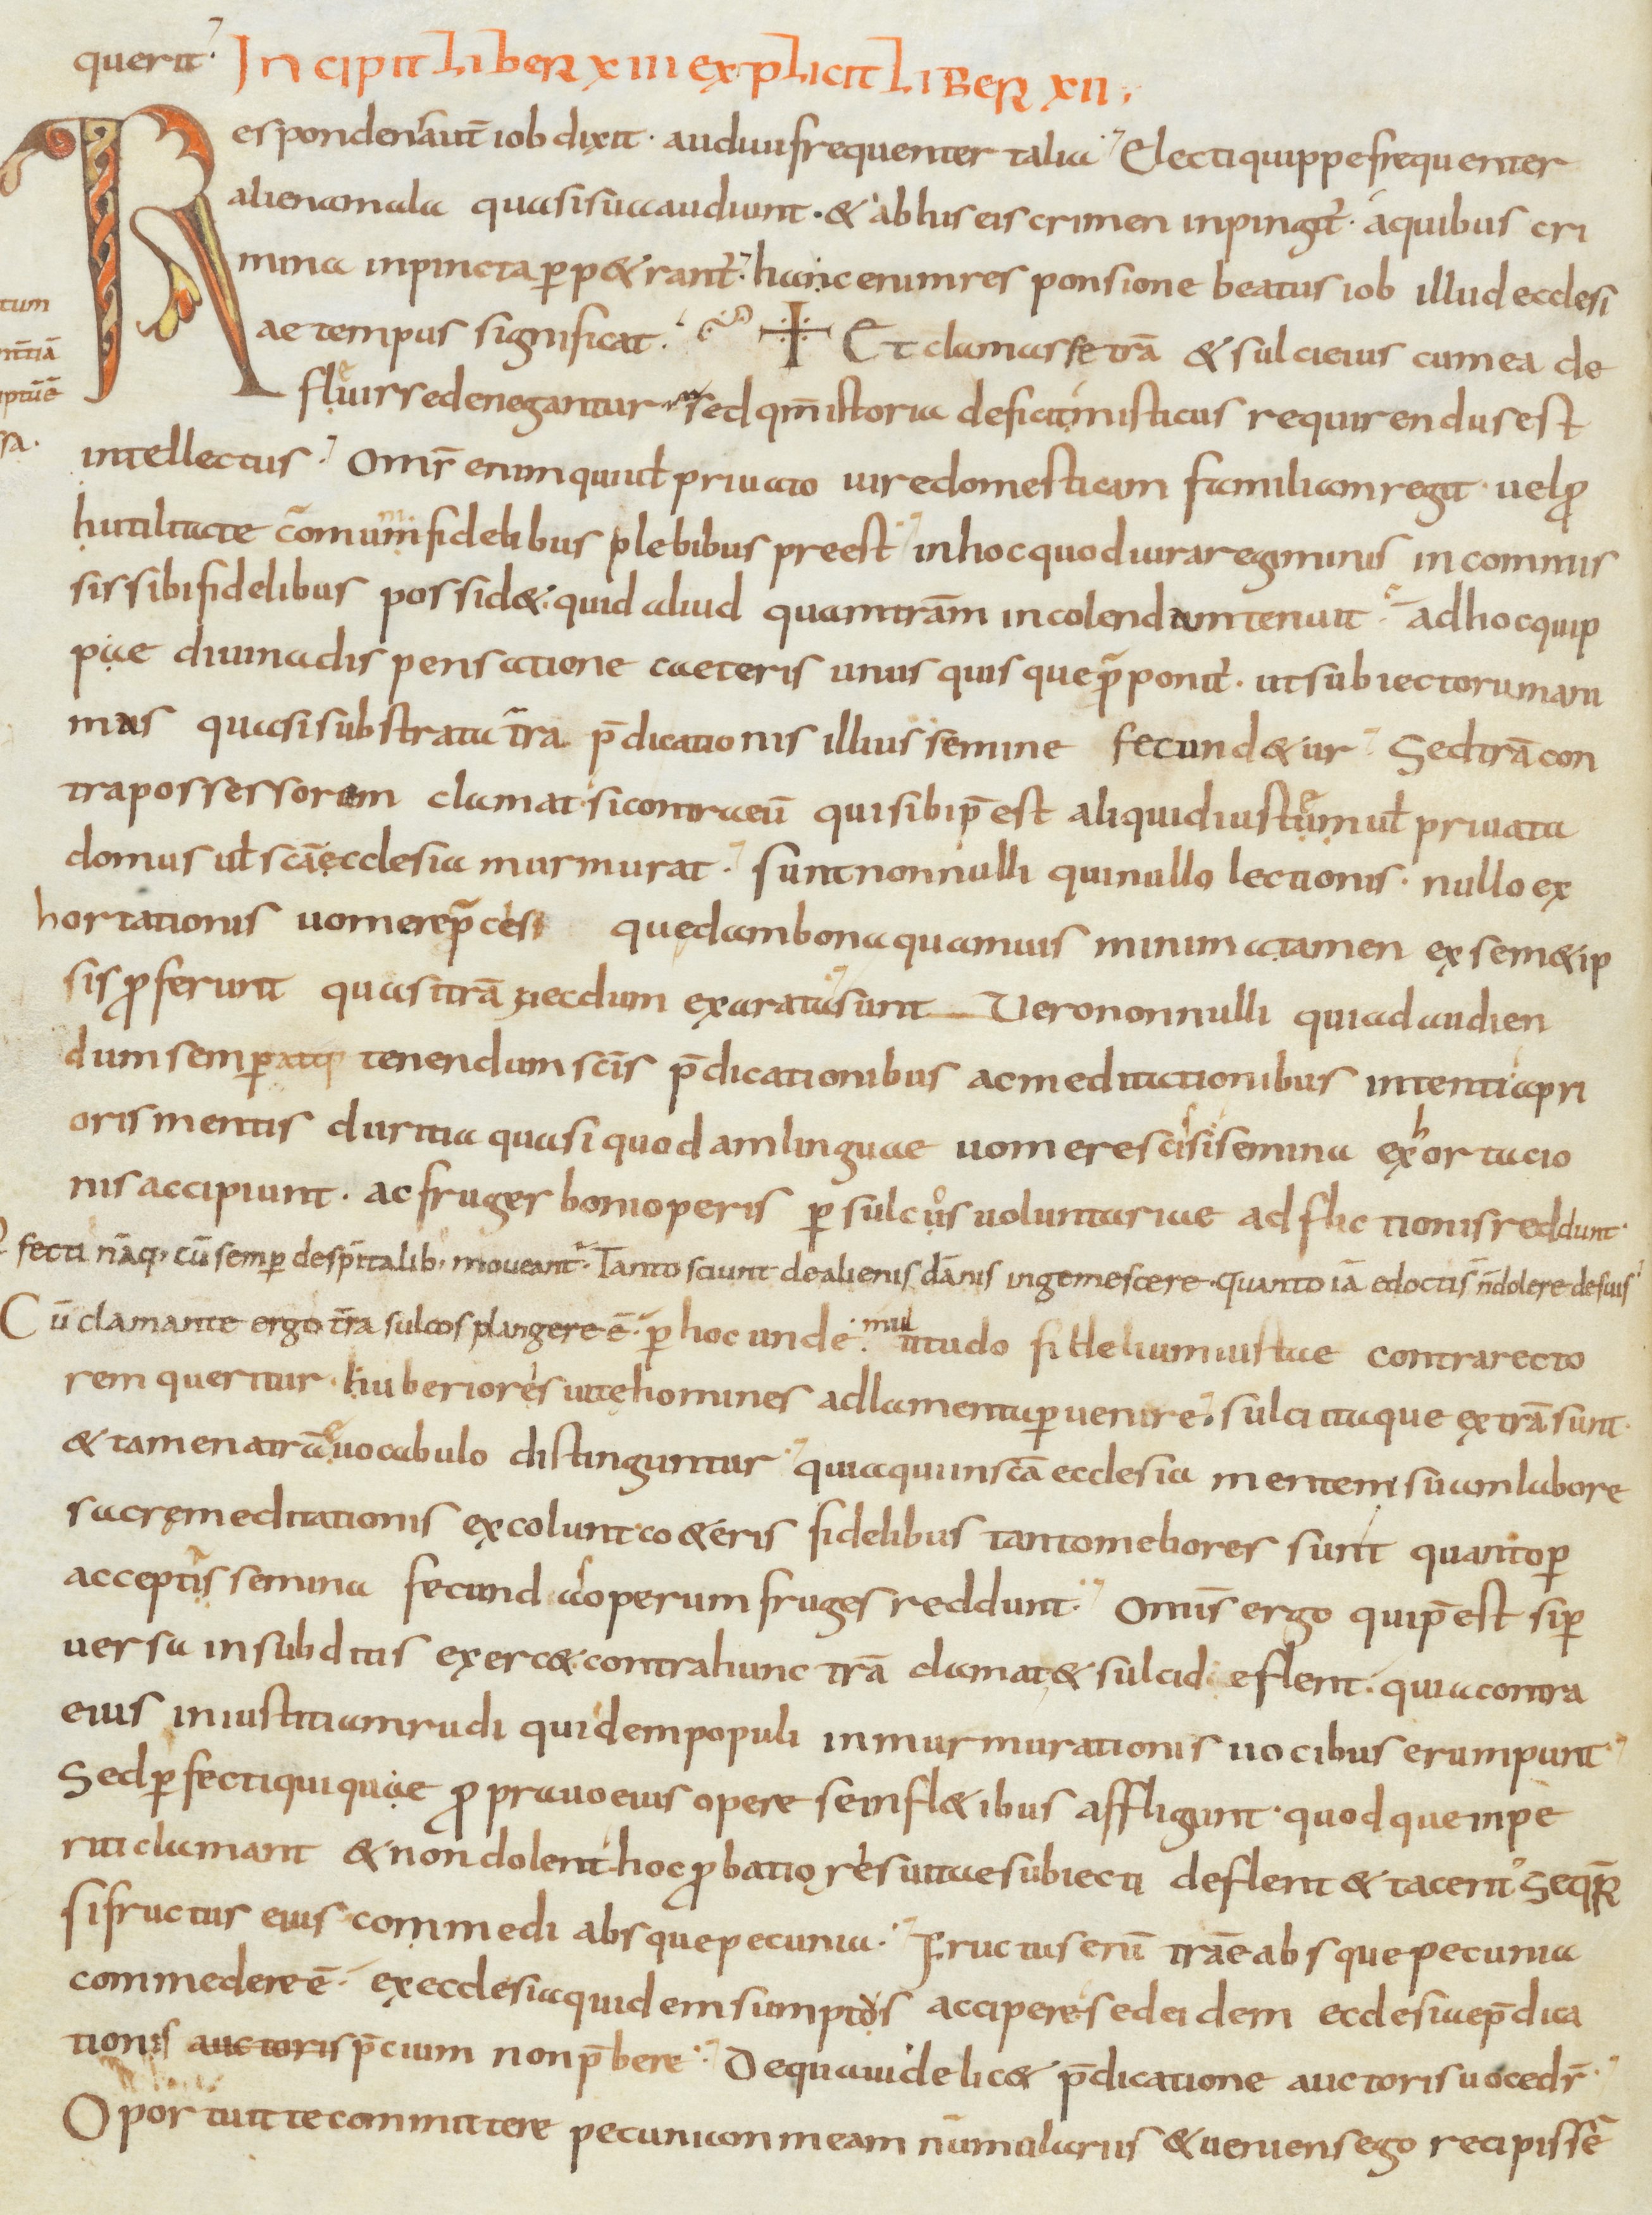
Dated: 900–999